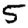
Digit: 5